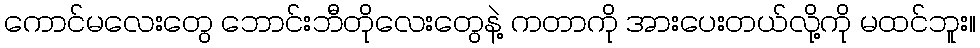
ကောင်မလေးတွေ ဘောင်းဘီတိုလေးတွေနဲ့ ကတာကို အားပေးတယ်လို့ကို မထင်ဘူး။